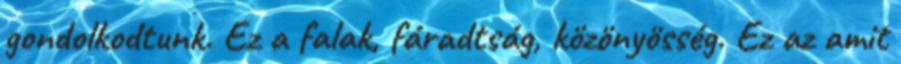
gondolkodtunk. Ez a falak, fáradtság, közönyösség. Ez az amit